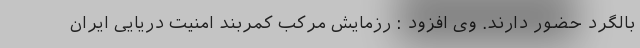
بالگرد حضور دارند. وی افزود : رزمایش مرکب کمربند امنیت دریایی ایران